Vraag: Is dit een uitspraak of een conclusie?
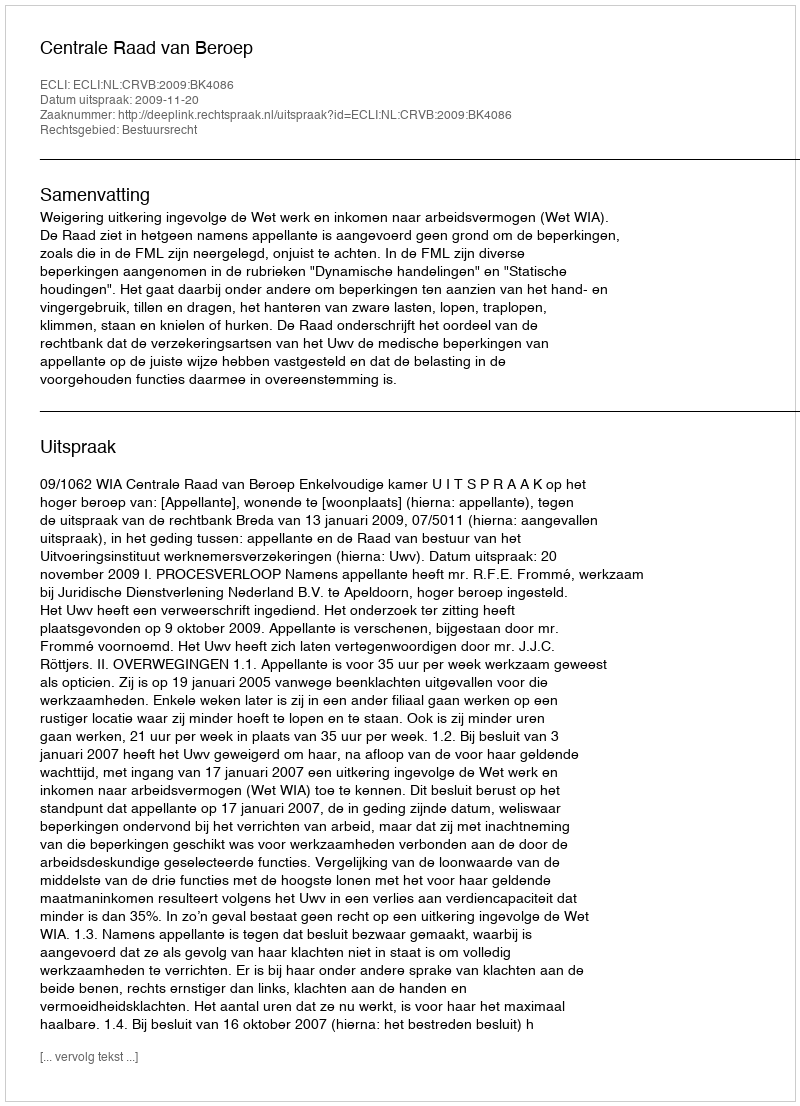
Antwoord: Uitspraak